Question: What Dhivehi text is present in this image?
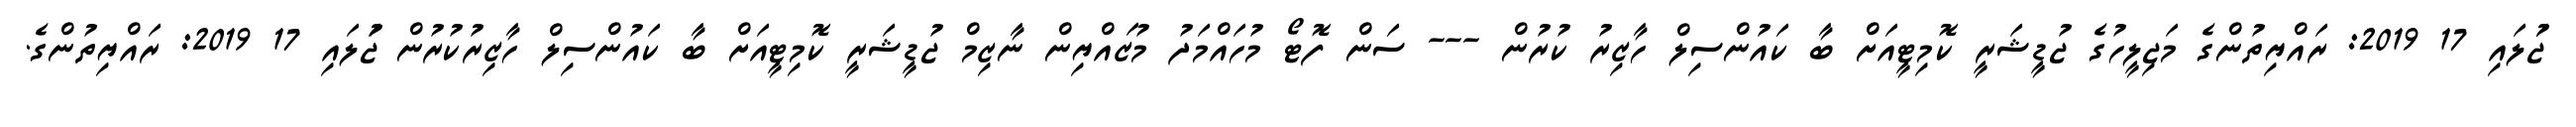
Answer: ޖުަލައި 17 2019: ރައްޔިތުންގެ މަޖިލީހުގެ ޖުޑީޝަރީ ކޮމިޓީއަށް ބާ ކައުންސިލް ހާޒިރު ކުރުން --- ސަން ފޮޓޯ މުހައްމަދު މުޒައްޔިން ނާޒިމް ޖުޑީޝަރީ ކޮމިޓީއަށް ބާ ކައުންސިލް ހާޒިރުކުރުން ޖުަލައި 17 2019: ރައްޔިތުންގެ.